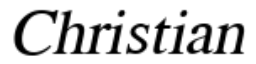
Christian